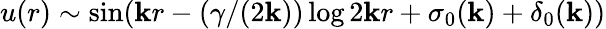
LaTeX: u(r)\sim\sin(\mathbf{k}r-(\gamma/(2\mathbf{k}))\log2\mathbf{k}r+\sigma_{0}(\mathbf{k})+\delta_{0}(\mathbf{k}))